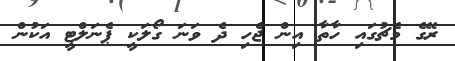
ރޭގެ މެޗުގައި ހާތާ އިން ޖެހި ދެ ވަނަ ގޯލަކީ ޕެނަލްޓީ އަކުން